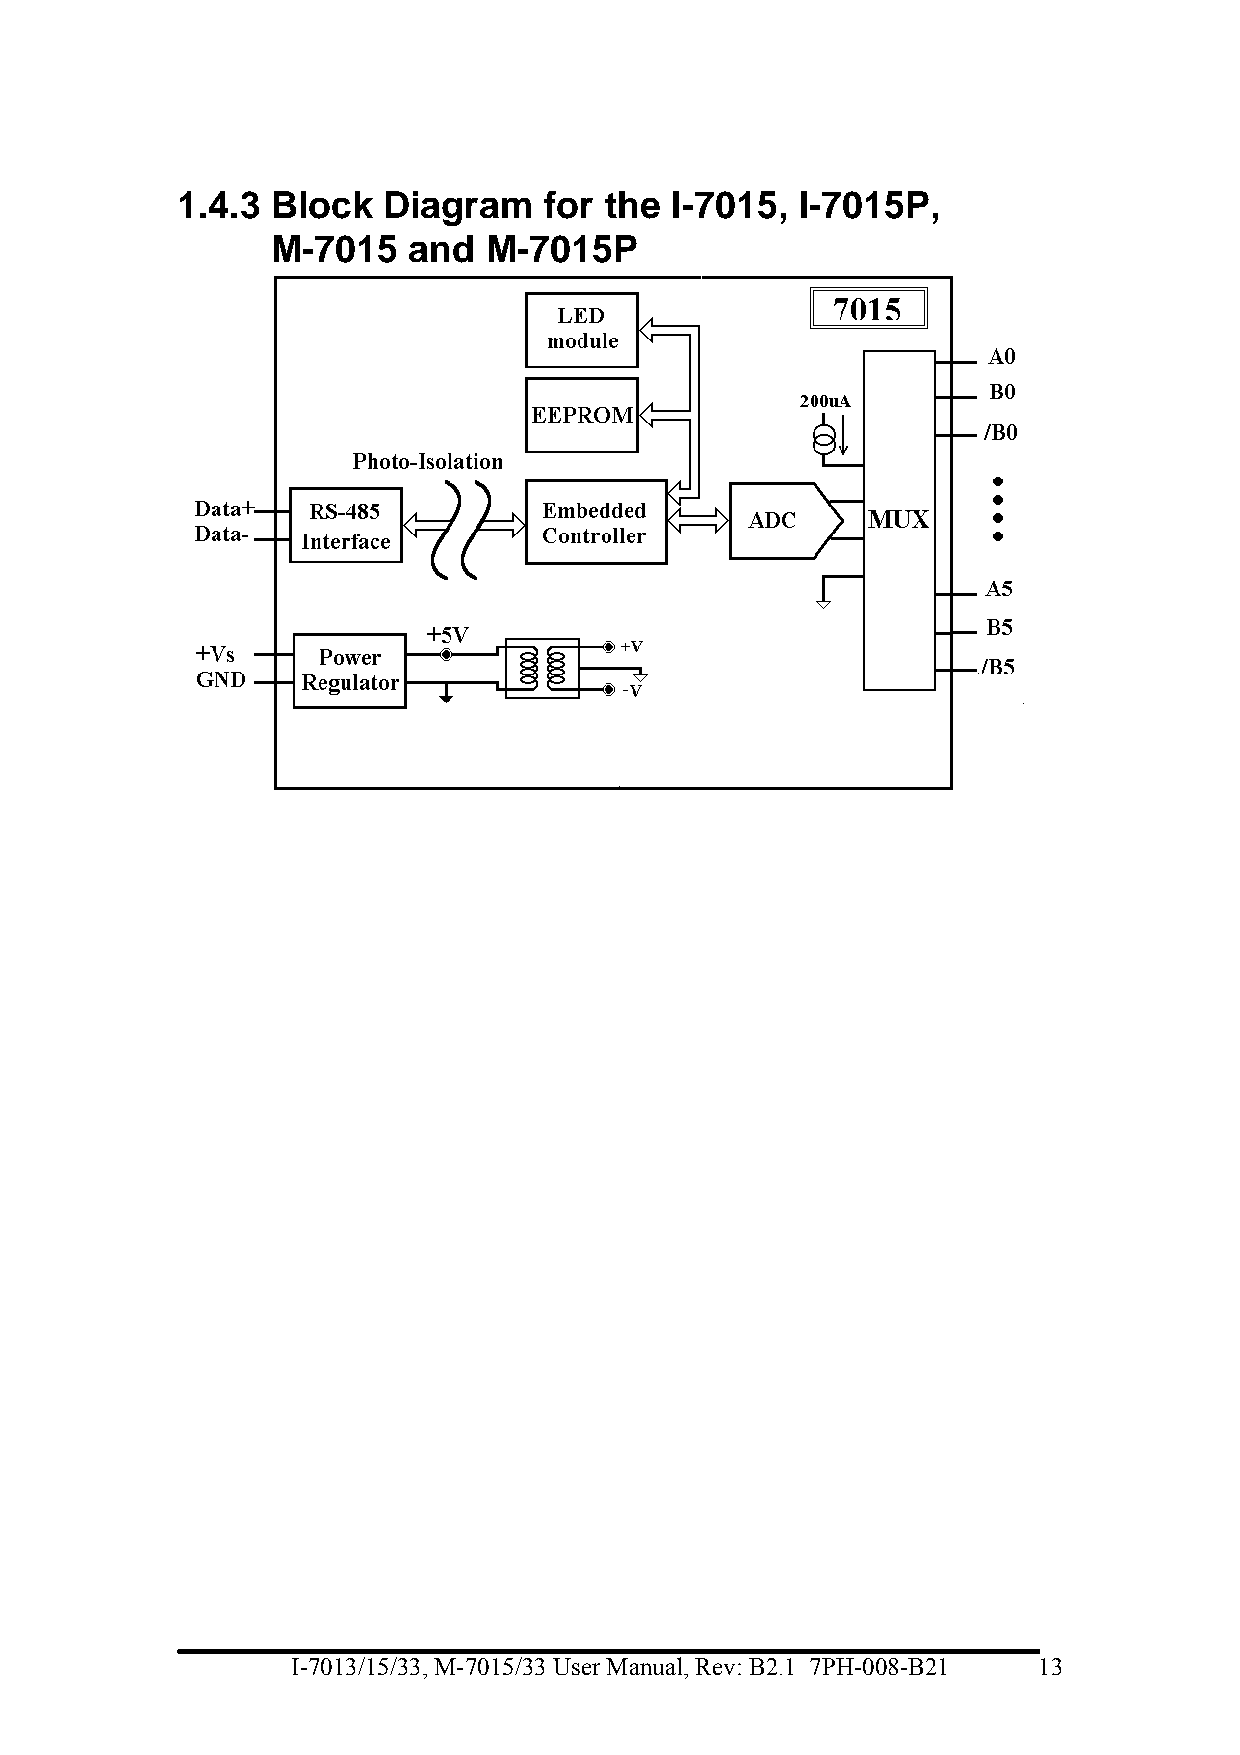
1.4.3 Block  Diagram    for the I-7015,  I-7015P,
 M-7015   and  M-7015P
 I-7013/15/33, M-7015/33 User Manual, Rev: B2.1 7PH-008-B21 13